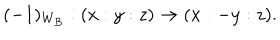
( - 1 ) _ { W _ { B } } : ( x : y : z ) \to ( x : - y : z ) .